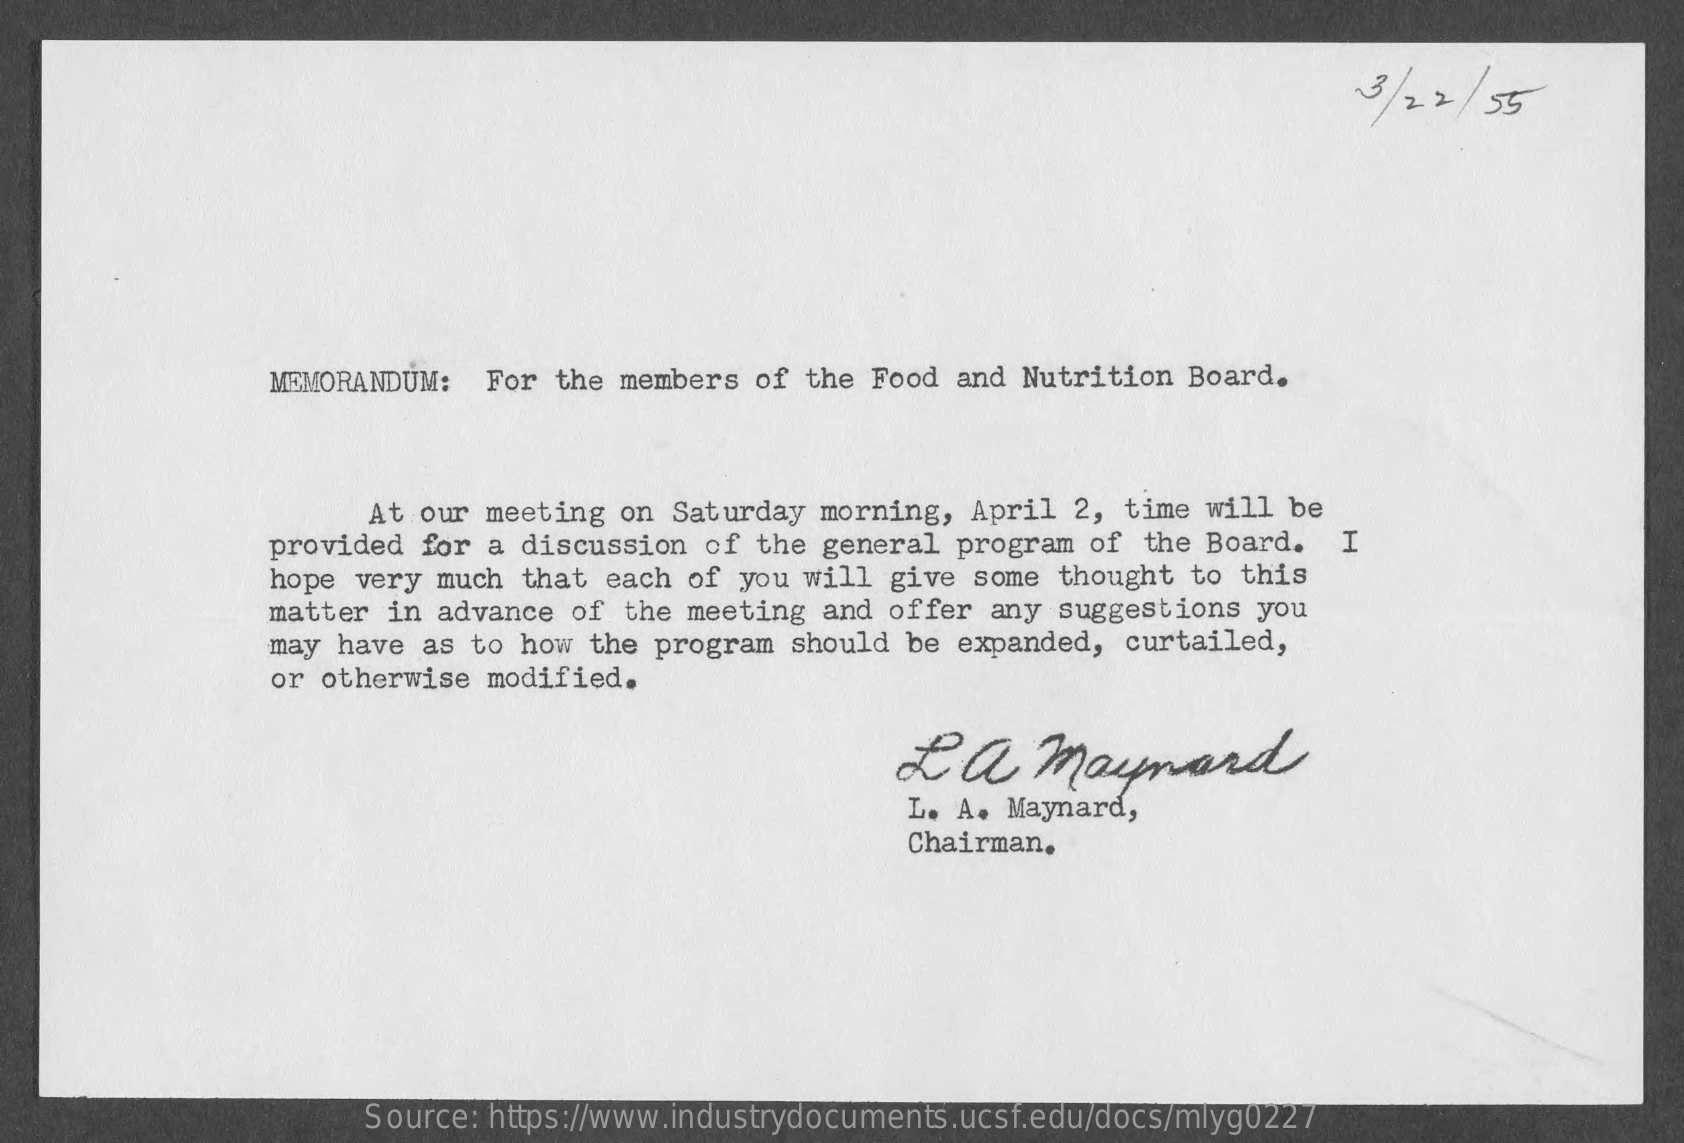
3/22  / 55
     MEMORANDUM:  For  the members of the Food and Nutrition  Board.
     At our meeting  on Saturday morning, April  2, time will be
     provided for a discussion  of the general program  of the Board.  I
     hope very much  that each of you will give  some thought to this
     matter in advance  of the meeting and offer  any suggestions you
     may have as to how  the program should be  expanded, curtailed,
     or otherwise modified.
     La    maynard
     L. A. Maynard,
     Chairman.
     Source: https://www.industrydocuments.ucsf.edu/docs/mlyg0227